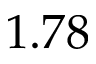
1 . 7 8